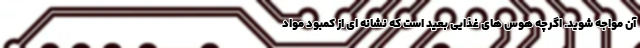
آن مواجه شوید. اگرچه هوس های غذایی بعید است که نشانه ای از کمبود مواد